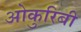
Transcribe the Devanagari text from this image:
ओकुरिबी